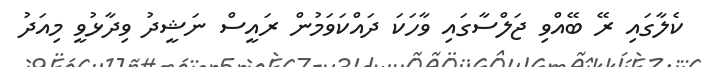
ކެލާގައި ރޭ ބޭއްވި ޖަލްސާގައި ވާހަކަ ދައްކަވަމުން ރައީސް ނަޝީދު ވިދާޅުވީ މިއަދު